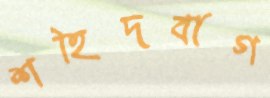
শহিদবাগ